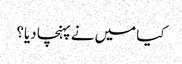
کیا میں نے پہنچا دیا؟